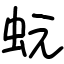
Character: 蚖